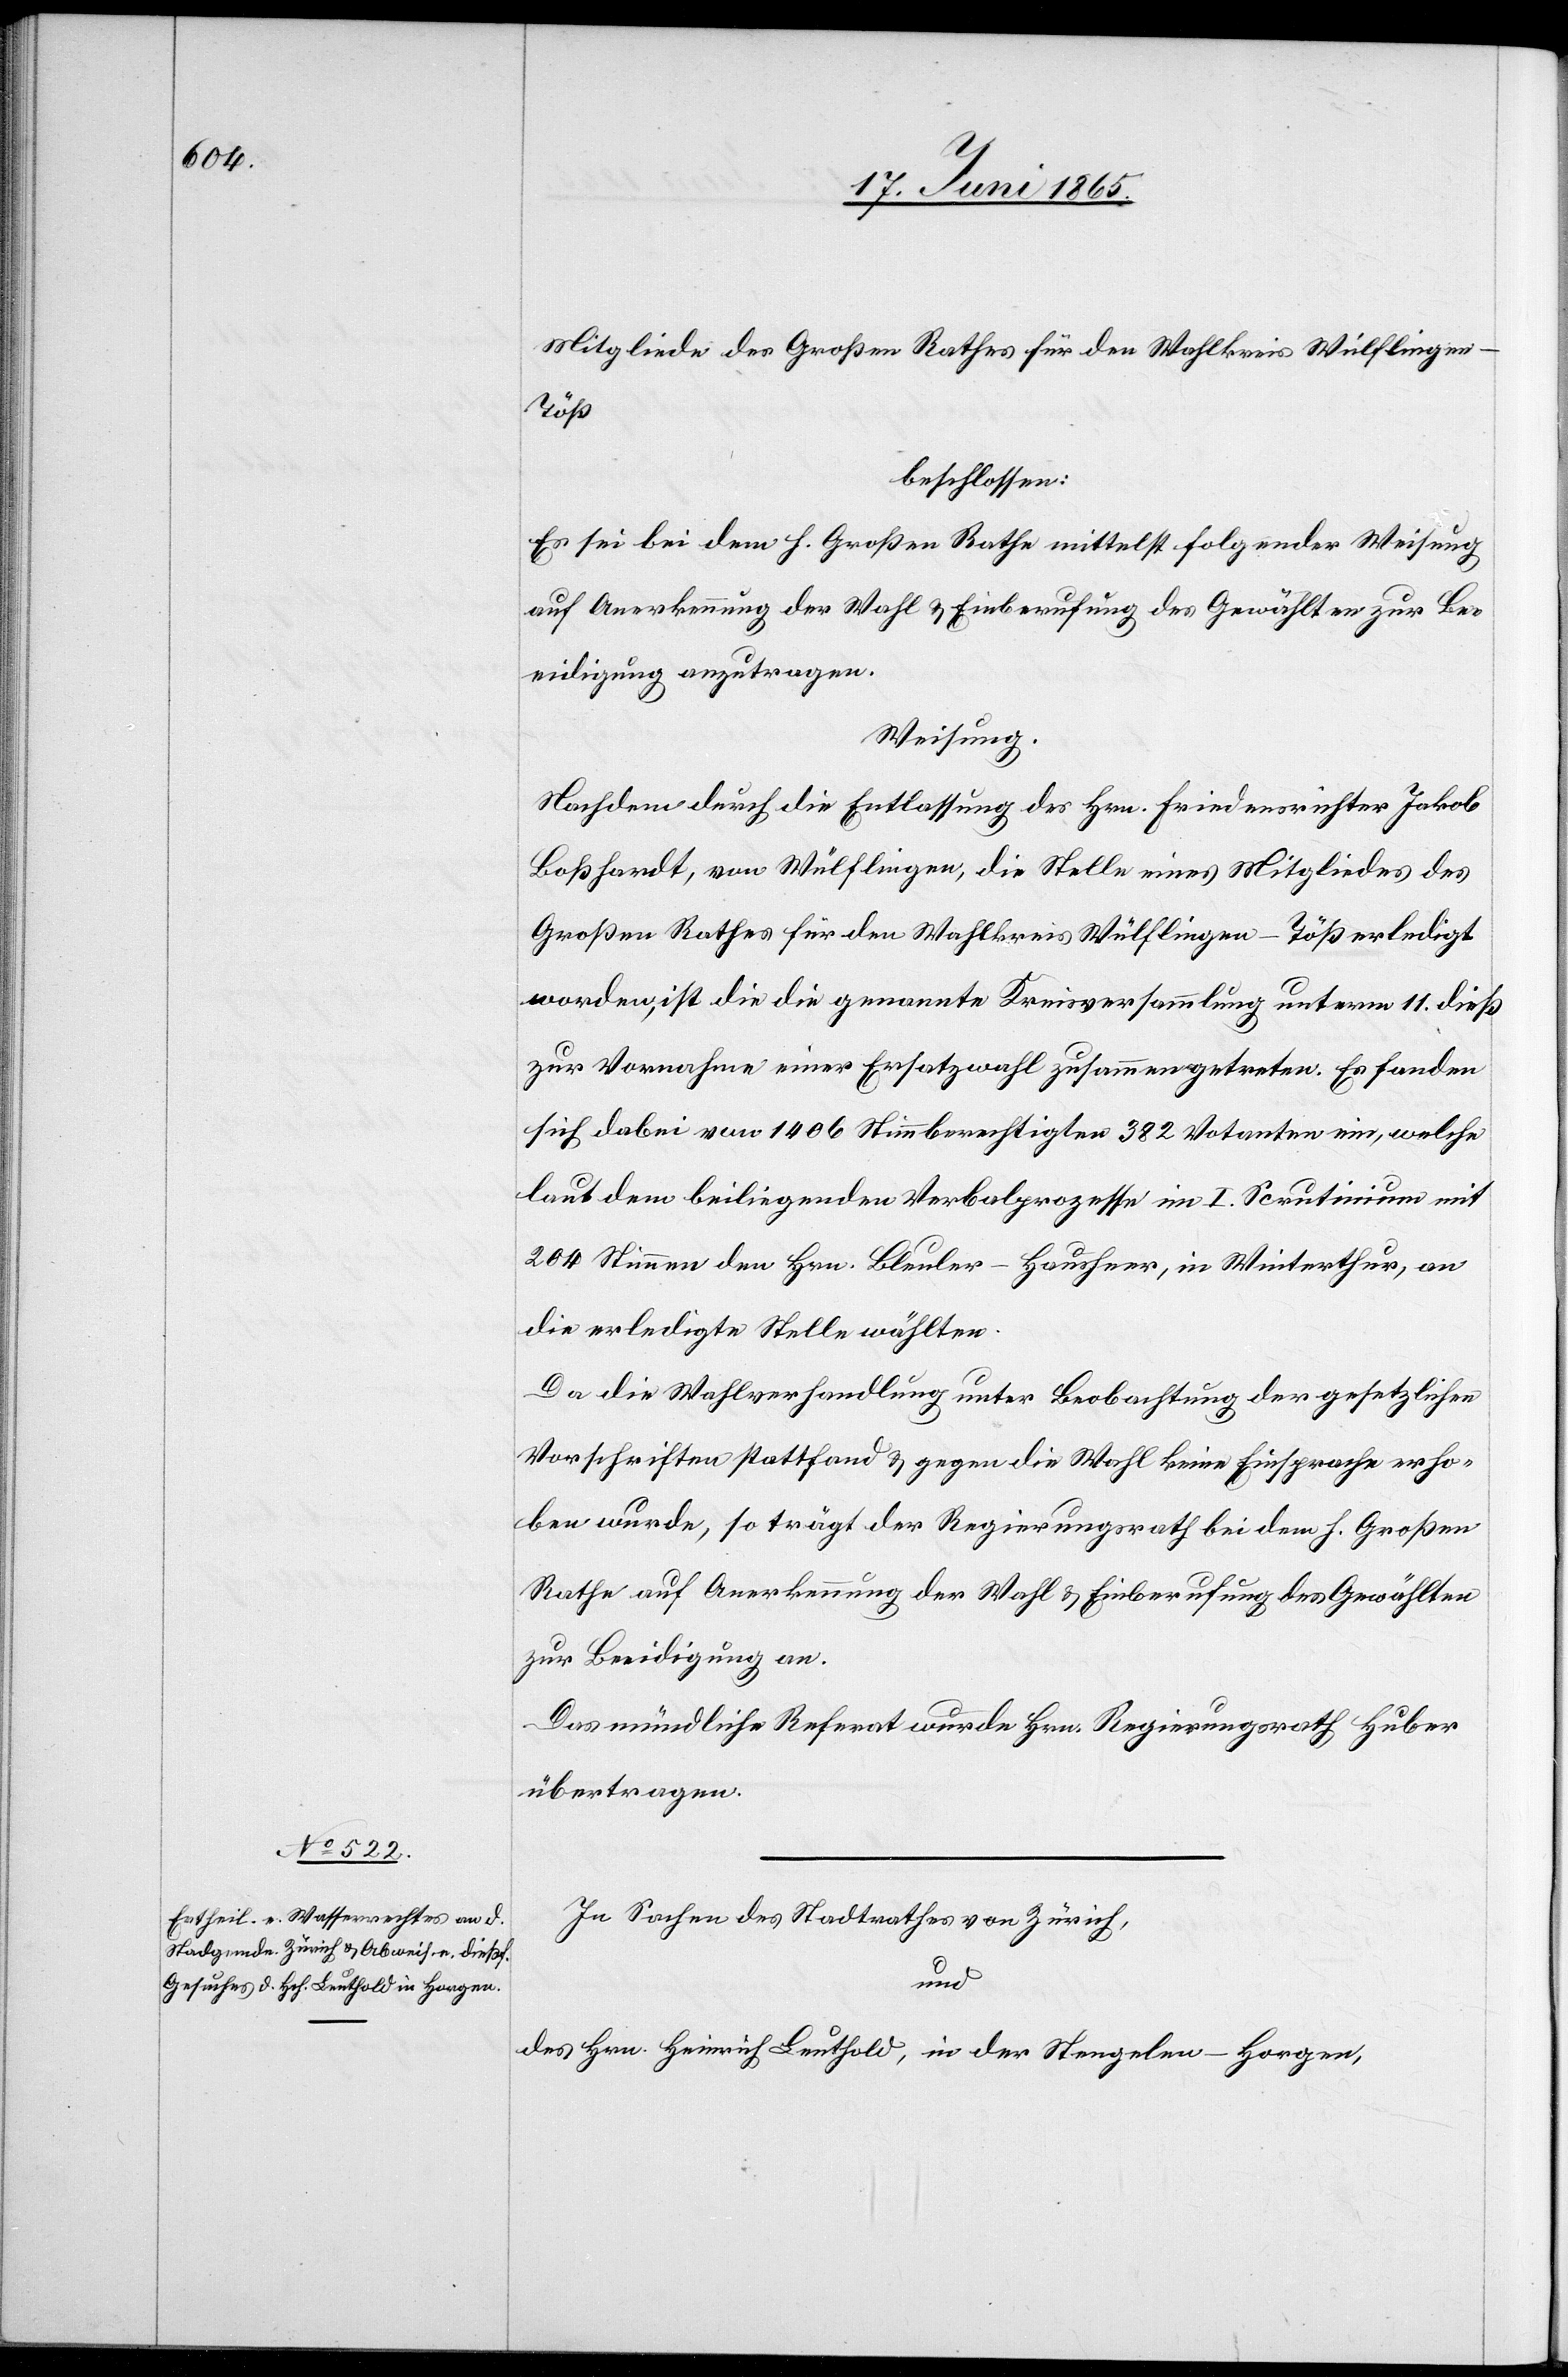
Mitgliede des Großen Rathes für den Wahlkreis Wülflinge¬
n-Töß
beschlossen:
Es sei bei dem h. Großen Rathe mittelst folgender Weisung
auf Anerkennung der Wahl & Einberufung des Gewählten zur Be¬
eidigung anzutragen.
Weisung.
Nachdem durch die Entlassung des Hrn. Friedensrichter Jakob
Boßhardt, von Wülflingen, die Stelle eines Mitgliedes des
Großen Rathes für den Wahlkreis Wülflingen-Töß erledigt
worden, ist die die [sic!] genannte Kreisversammlung unterm 11. dieß
zur Vornahme einer Eratzwahl zusammengetreten. Es fanden
sich dabei von 1406 Stimmberechtigten 382 Votanten ein, welche
laut dem beiliegenden Verbalprozesse im I. Scrutinium mit
204 Stimmen den Hrn. Bleuler-Hausheer, in Winterthur, an
die erledigte Stelle wählten.
Da die Wahlverhandlung unter Beobachtung der gesetzlichen
Vorschriften stattfand & gegen die Wahl keine Einsprache erho¬
ben wurde, so trägt der Regierungsrath bei dem h. Großen
Rathe auf Anerkennung der Wahl & Einberufung des Gewählten
zur Beeidigung an.
Das mündliche Referat wurde Hrn. Regierungsrath Huber
übertragen.
In Sachen des Stadtrathes von Zürich,
und
des Hrn. Heinrich Leuthold, in der Stengelen-Horgen,